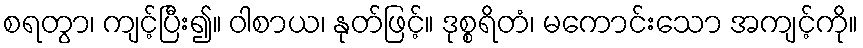
စရတွာ၊ ကျင့်ပြီး၍။ ဝါစာယ၊ နုတ်ဖြင့်။ ဒုစ္စရိတံ၊ မကောင်းသော အကျင့်ကို။